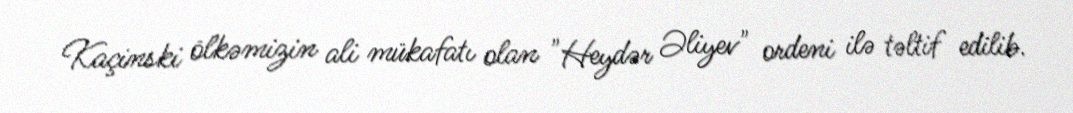
Kaçinski ölkəmizin ali mükafatı olan "Heydər Əliyev" ordeni ilə təltif edilib.